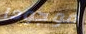
موجودا